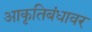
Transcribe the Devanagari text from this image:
आकृतिबंधावर